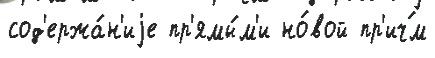
сод'ержа́н'иjе пр'ямы́м'и но́вой пр'ич́м